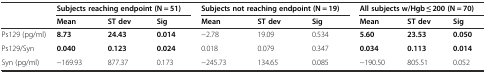
<table><thead><tr><td></td><td colspan="3"><b>Subjects reaching endpoint (N = 51)</b></td><td colspan="3"><b>Subjects not reaching endpoint (N = 19)</b></td><td colspan="3"><b>All subjects w/Hgb ≤ 200 (N = 70)</b></td></tr><tr><td></td><td><b>Mean</b></td><td><b>ST dev</b></td><td><b>Sig</b></td><td><b>Mean</b></td><td><b>ST dev</b></td><td><b>Sig</b></td><td><b>Mean</b></td><td><b>ST dev</b></td><td><b>Sig</b></td></tr></thead><tbody><tr><td>Ps129 (pg/ml)</td><td><b>8.73</b></td><td><b>24.43</b></td><td><b>0.014</b></td><td>−2.78</td><td>19.09</td><td>0.534</td><td><b>5.60</b></td><td><b>23.53</b></td><td><b>0.050</b></td></tr><tr><td>Ps129/Syn</td><td><b>0.040</b></td><td><b>0.123</b></td><td><b>0.024</b></td><td>0.018</td><td>0.079</td><td>0.347</td><td><b>0.034</b></td><td><b>0.113</b></td><td><b>0.014</b></td></tr><tr><td>Syn (pg/ml)</td><td>−169.93</td><td>877.37</td><td>0.173</td><td>−245.73</td><td>134.65</td><td>0.085</td><td>−190.50</td><td>805.51</td><td>0.052</td></tr></tbody></table>